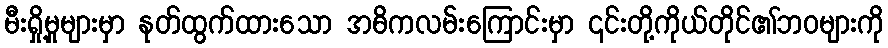
မီးရှို့မှုများမှာ နုတ်ထွက်ထားသော အဓိကလမ်းကြောင်းမှာ ၎င်းတို့ကိုယ်တိုင်၏ဘဝများကို